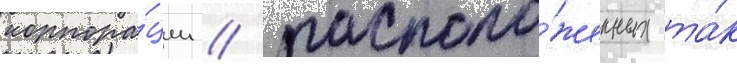
корпора́ции / располо́женных та́к